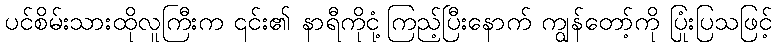
ပင်စိမ်းသားထိုလူကြီးက ၎င်း၏ နာရီကိုငုံ့ကြည့်ပြီးနောက် ကျွန်တော့်ကို ပြုံးပြသဖြင့်